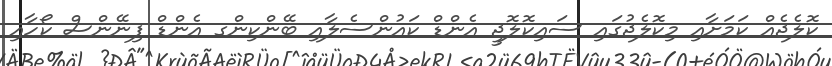
ކޮލެޖެއް ކަމަށާއި މިކޮލެޖުގައި ސައިކޮލޮޖީ އެންޑް ކައުންސެލާއި ބޭންކިންގ އެންޑް ފިނޭންސް ކޯހާއި